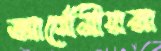
আর্মেনীয়রা